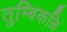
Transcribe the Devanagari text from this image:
तुम्बिकळि